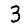
Digit: 3